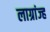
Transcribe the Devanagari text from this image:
लाग्रांज्ह